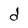
Character: d